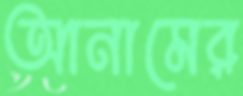
আনামের